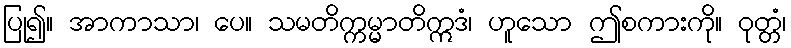
ပြု၍။ အာကာသာ၊ ပေ။ သမတိက္ကမ္မာတိဣဒံ၊ ဟူသော ဤစကားကို။ ဝုတ္တံ၊